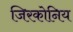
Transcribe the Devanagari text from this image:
जिरकोनिय